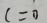
c = 0